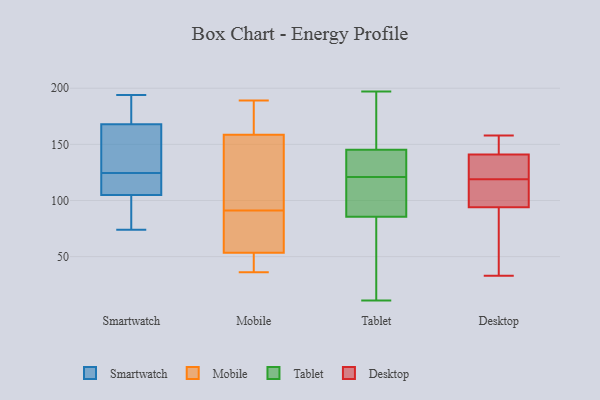
{"axis": {"x": "Churn Rate (%)", "y": "Value"}, "legend": ["Desktop", "Mobile", "Smartwatch", "Tablet"], "data": [{"x": "", "y": 160, "type": "Smartwatch"}, {"x": "", "y": 168, "type": "Smartwatch"}, {"x": "", "y": 74, "type": "Smartwatch"}, {"x": "", "y": 88, "type": "Smartwatch"}, {"x": "", "y": 118, "type": "Smartwatch"}, {"x": "", "y": 131, "type": "Smartwatch"}, {"x": "", "y": 176, "type": "Smartwatch"}, {"x": "", "y": 107, "type": "Smartwatch"}, {"x": "", "y": 194, "type": "Smartwatch"}, {"x": "", "y": 105, "type": "Smartwatch"}, {"x": "", "y": 42, "type": "Mobile"}, {"x": "", "y": 94, "type": "Mobile"}, {"x": "", "y": 88, "type": "Mobile"}, {"x": "", "y": 151, "type": "Mobile"}, {"x": "", "y": 174, "type": "Mobile"}, {"x": "", "y": 189, "type": "Mobile"}, {"x": "", "y": 90, "type": "Mobile"}, {"x": "", "y": 91, "type": "Mobile"}, {"x": "", "y": 38, "type": "Mobile"}, {"x": "", "y": 36, "type": "Mobile"}, {"x": "", "y": 161, "type": "Mobile"}, {"x": "", "y": 138, "type": "Tablet"}, {"x": "", "y": 11, "type": "Tablet"}, {"x": "", "y": 66, "type": "Tablet"}, {"x": "", "y": 197, "type": "Tablet"}, {"x": "", "y": 28, "type": "Tablet"}, {"x": "", "y": 92, "type": "Tablet"}, {"x": "", "y": 121, "type": "Tablet"}, {"x": "", "y": 169, "type": "Tablet"}, {"x": "", "y": 127, "type": "Tablet"}, {"x": "", "y": 112, "type": "Tablet"}, {"x": "", "y": 106, "type": "Tablet"}, {"x": "", "y": 143, "type": "Tablet"}, {"x": "", "y": 152, "type": "Tablet"}, {"x": "", "y": 122, "type": "Desktop"}, {"x": "", "y": 157, "type": "Desktop"}, {"x": "", "y": 116, "type": "Desktop"}, {"x": "", "y": 94, "type": "Desktop"}, {"x": "", "y": 131, "type": "Desktop"}, {"x": "", "y": 112, "type": "Desktop"}, {"x": "", "y": 141, "type": "Desktop"}, {"x": "", "y": 33, "type": "Desktop"}, {"x": "", "y": 85, "type": "Desktop"}, {"x": "", "y": 158, "type": "Desktop"}]}